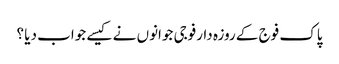
پاک فوج کے روزہ دارفوجی جوانوں نے کیسے جواب دیا ؟